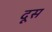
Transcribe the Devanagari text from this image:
दूस